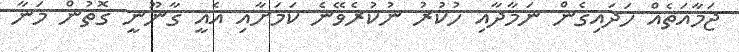
ޖަމާއަތެއް ހަދައިގެން ނަމާދާއި ހުކުރު ނުކުރެވޭނެ ކަމަށާއި އެއީ ގާނޫނީ ގޮތުން މަނާ